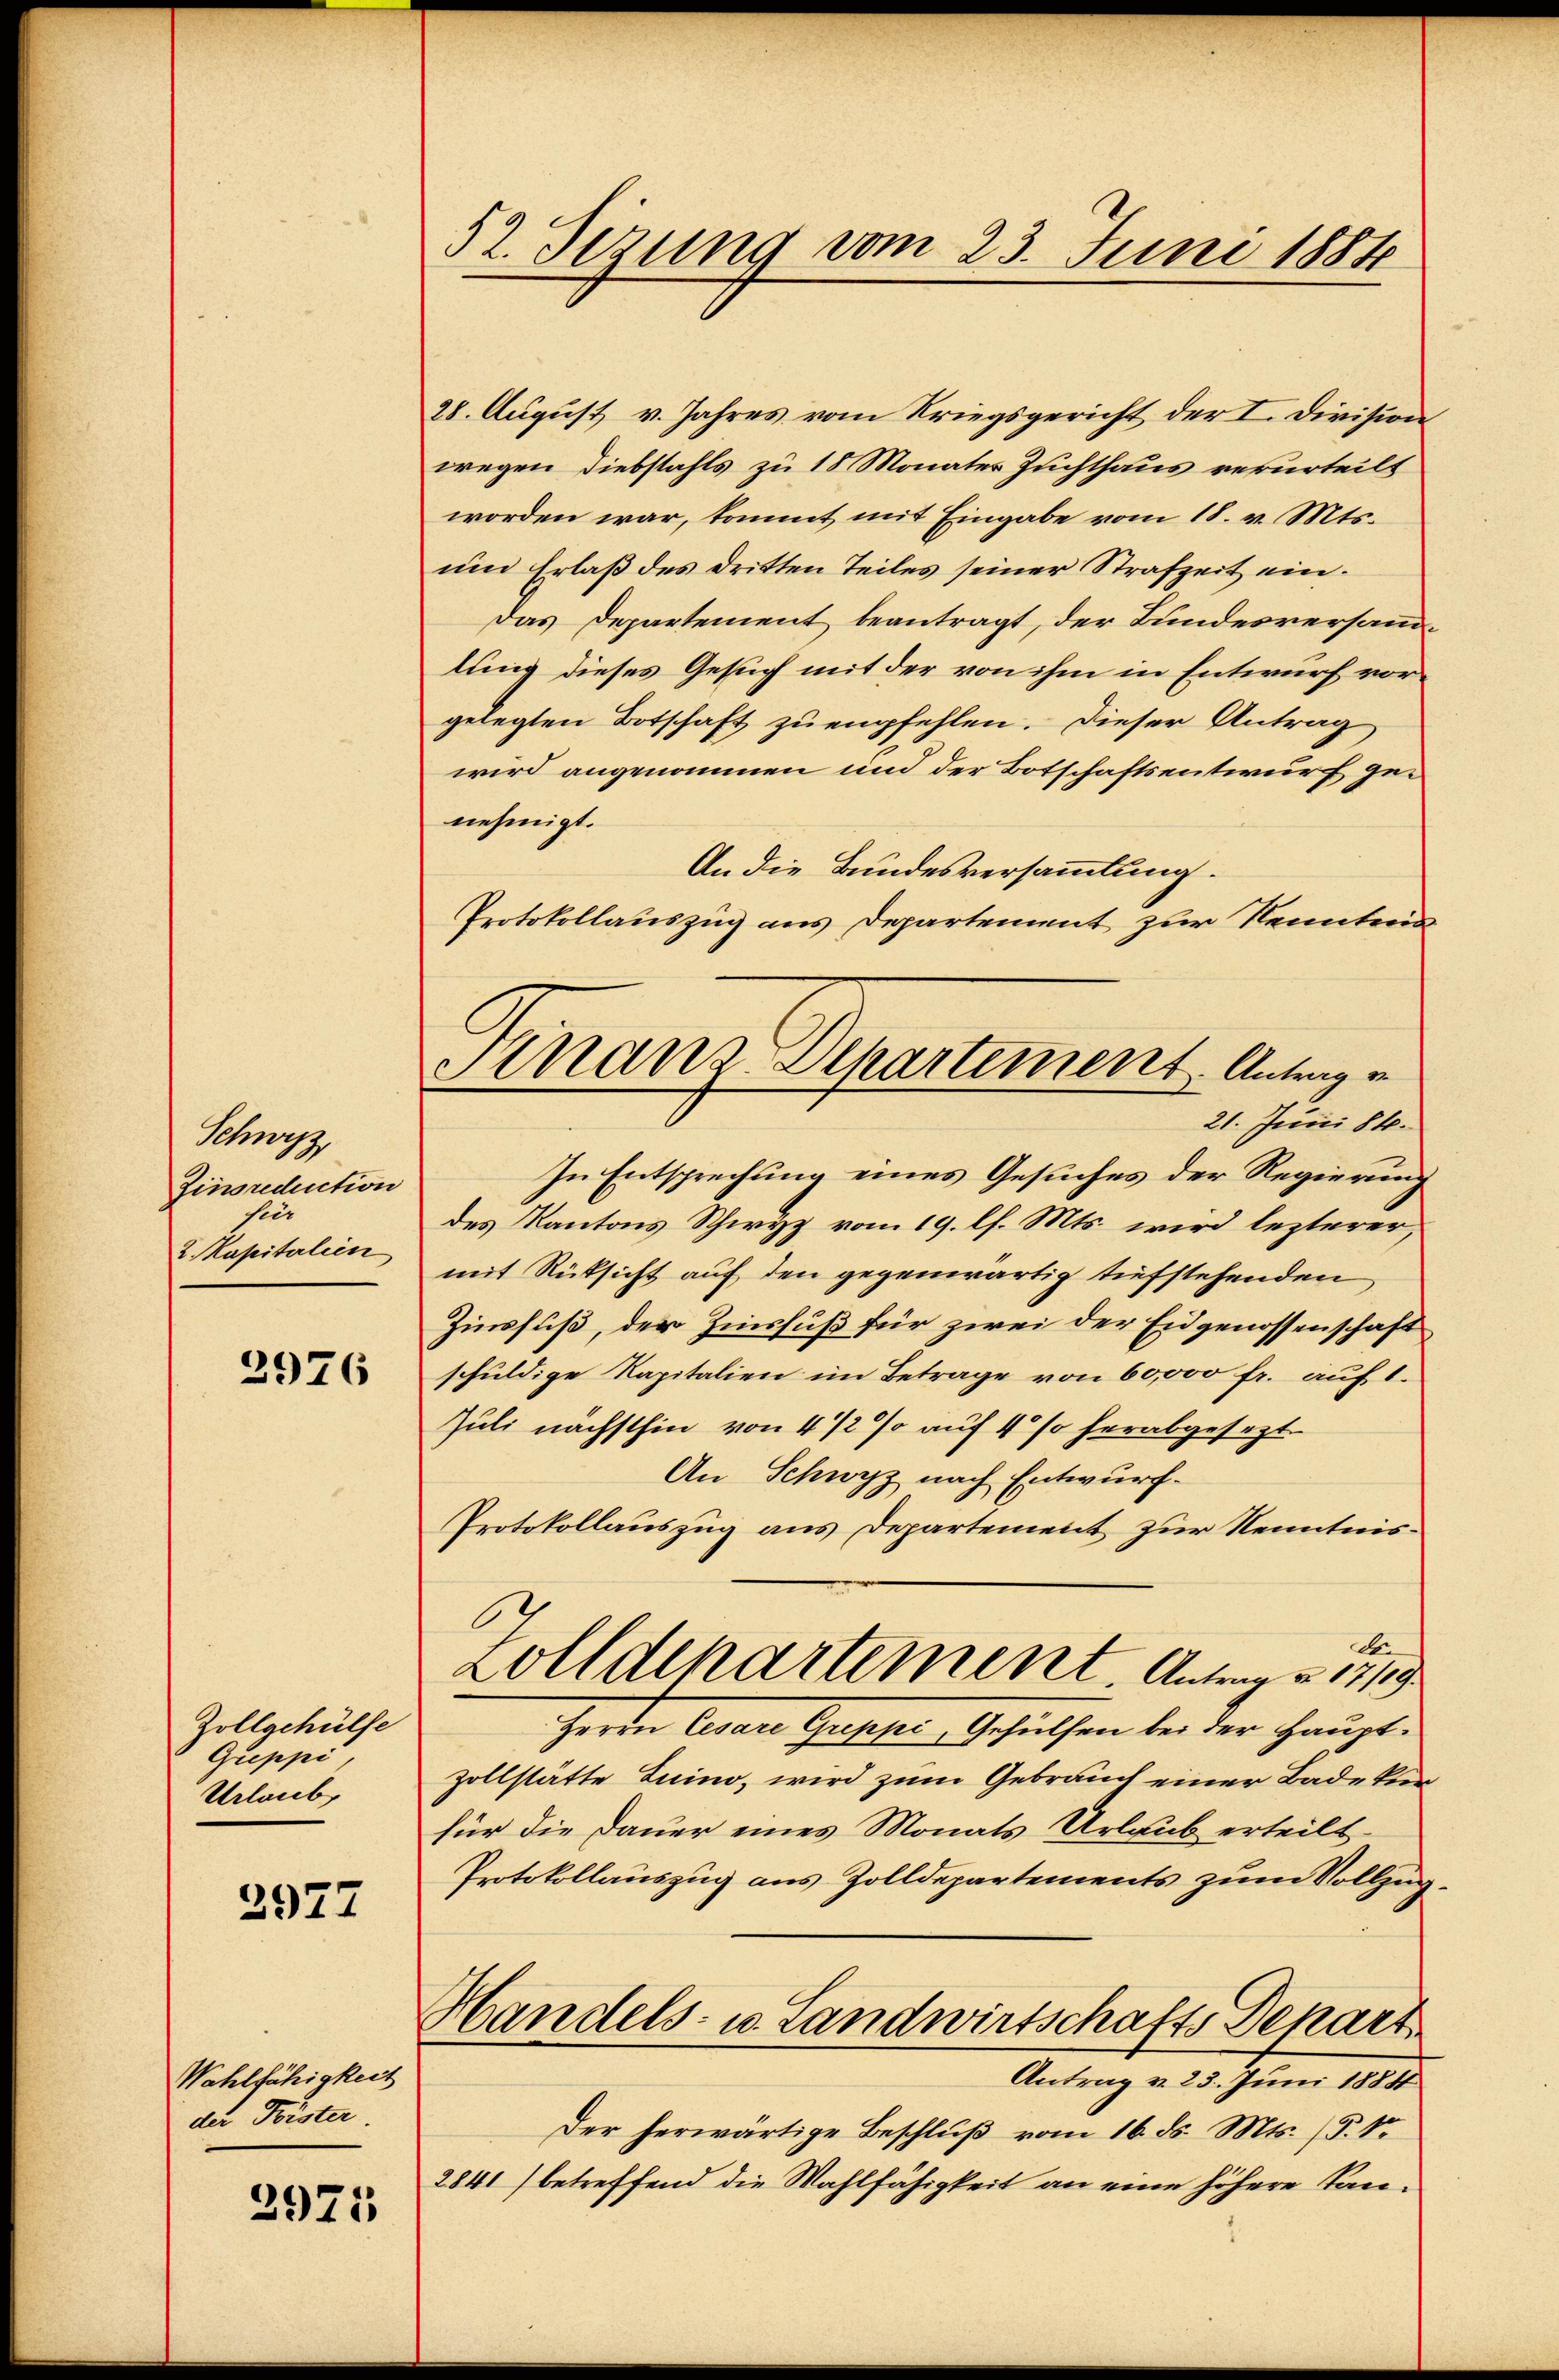
Scisz
Zinsredention
sie
2. Kapitalien

2976

Zollgehülfe
Gueppi
Urlaub

2977

Wahlfähigkeit
der Frister

2975

52. Sizung vom 23. Juni 1884

Finanz-Departement. Antrag e
21. Juni 848.

28. August v. Jahres vom Kriegsgericht der I. Division
wegen Diebstahls zu 18 Monates Zuchthaus verurteilt
worden war, kommt mit Eingabe vom 18. v. Mts.
um Erlaβ des dritten Teiles seiner Strafzeit ein.
Das Departement beantragt, der Bundesversammlung dieses Gesuch mit der von ihm in Entwurf vorgelegten Botschaft zu empfehlen. Dieser Antrag
wird angenommen und der Botschaftsentwurf genehmigt.
An die Bundesversammlung.
Protokollauszug aus Departement zur Kenntnis
In Entsprechung eines Gesuches der Regierung
des Kantons Schwyz vom 19. l. Mts. wird lezterer,
mit Rücksicht auf den gegenwärtig tiefstehenden
Zinsfuß, der Zinsfuß für zwei der Eidgenossenschaft
schuldige Kapitalien im Betrage von 60,000 fr. auf 1.
Juli nächsthin von 4 1/2 % auf 4 % herabgesezt
An Schwyz nach Entwurf.
Protokollauszug aus Departement zur Kenntnis¬
.
d
Zolldepartement. Antrag v. 1719
Herrn Cesare Greppi, Gehülfen bei der Hauptzollstätte Luino, wird zum Gebrauch einer Badeken
für die Dauer eines Monats Urlaub erteilt.
Protokollauszug aus Zolldepartements zum Vollzug
Handels- u. Landwirtschafts-Depart
Antrag v. 23. Juni 1884
Der herwärtige Beschluß vom 16. ds. Mts. (§. 1
2841) betreffend die Wahlfähigkeit an eine höhere Kan¬